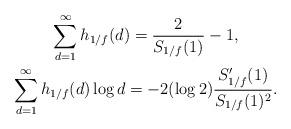
LaTeX: \begin{gather*}\sum_{d=1}^{\infty} h_{1/f}(d) = \frac{2}{S_{1/f}(1)}-1, \\\sum_{d=1}^{\infty} h_{1/f}(d)\log d = -2(\log 2) \frac{S'_{1/f}(1)}{S_{1/f}(1)^2}.\end{gather*}